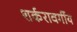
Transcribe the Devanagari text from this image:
शर्करावर्गीय